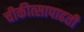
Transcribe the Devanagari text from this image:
चीकीत्सापाढती